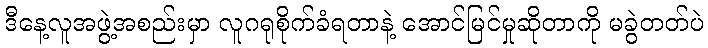
ဒီနေ့လူအဖွဲ့အစည်းမှာ လူဂရုစိုက်ခံရတာနဲ့ အောင်မြင်မှုဆိုတာကို မခွဲတတ်ပဲ